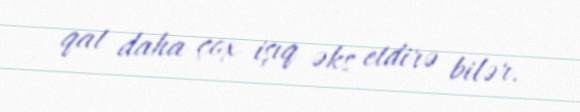
qat daha çox işıq əks etdirə bilər.